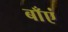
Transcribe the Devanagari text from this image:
बाँएं